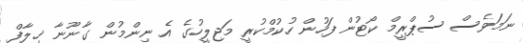
ނަމަވެސް ސުޕްރީމް ކޯޓުން ފަހުން ހުކުމްކުރީ މަޖިލީހުގެ އެ ނިންމުން ގާނޫނާ ޚިލާފް